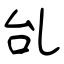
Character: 乨